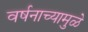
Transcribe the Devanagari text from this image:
वर्षनाच्यामुळे